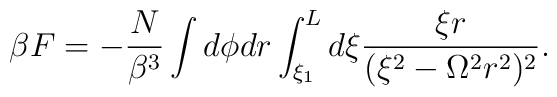
\beta F = - \frac{N}{\beta^3} \int d \phi d r \int_{\xi_1}^L d \xi	\frac{\xi r}{( \xi^2 - \Omega^2 r^2 )^2}.